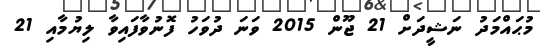
މުޙައްމަދު ނަޝީދަށް 21 ޖޫން 2015 ވަނަ ދުވަހު ފޮނުވާފައިވާ ލިޔުމާއި 21